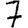
Digit: 7